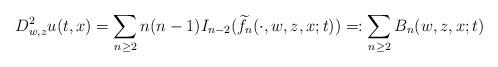
LaTeX: \begin{align*}D_{w,z}^2 u(t,x)=\sum_{n\geq 2}n(n-1)I_{n-2}(\widetilde{f}_n(\cdot,w,z,x;t))=: \sum_{n\geq 2}B_n(w,z,x;t)\end{align*}